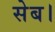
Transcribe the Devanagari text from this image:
सेब।